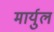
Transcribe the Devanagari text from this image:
मार्युल